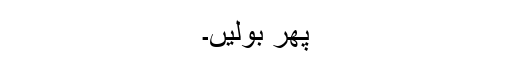
پھر بولیں۔